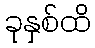
ခုနှစ်ထိ